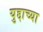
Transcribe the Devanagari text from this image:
युद्दाच्या